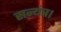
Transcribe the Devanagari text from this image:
सन्यंत्र।